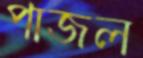
পাজল